Newspaper: The Petroleum Centre daily record. [volume]
Place of publication: Petroleum Center, Pa.
Publisher: Longwell & Plummer
Date: 1870-08-29 00:00:00
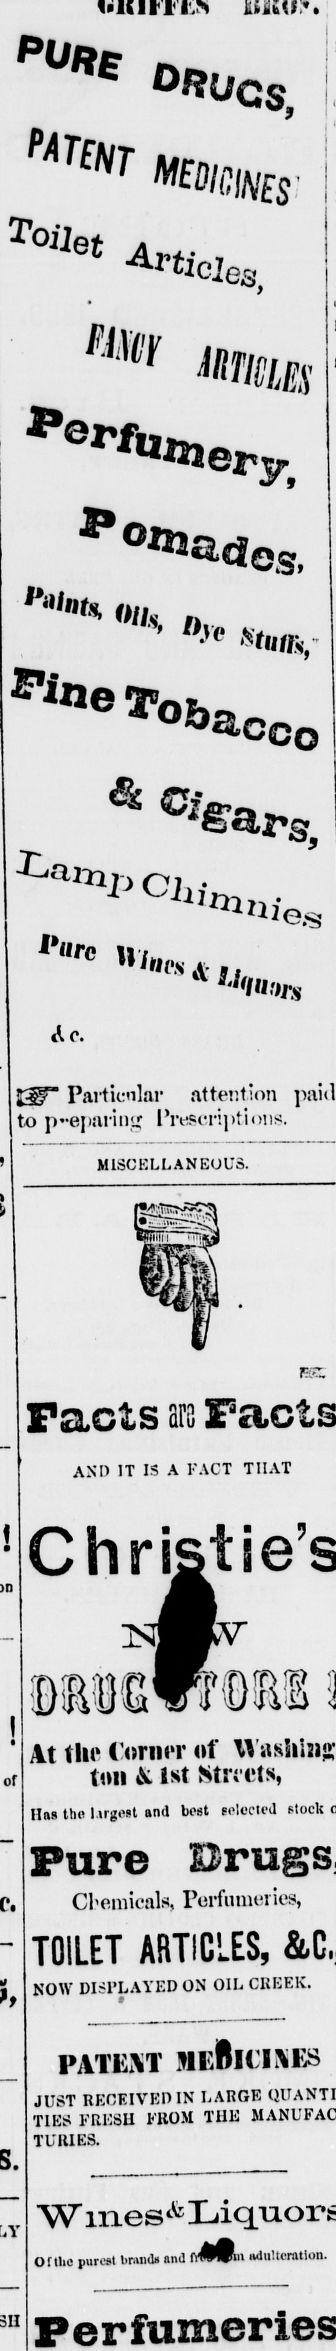
Advertisement text (OCR):
! of Toilet 03, ''"if 0llS tuiK Ac. IW Particular attention paid to preparing Prescriptions. MISCELLANEOUS. Pacts ars AND IT IS A FACT THAT BEDiWDH m 4t the Corner of ton & 1st Streets, Has tho Urgent and beet (elected stock Pure Cbemicals, Perfumeries, TOILET ARTICLES, NOW DISPLAYED ON OIL CREEK. PATENT MeBiCIXES JUST RECEIVED IN LARGE TIES FRESH FROM THE TURES. Of tUo purest bmiiib nd i 1 fiWuni adulteration.
Label: illustrations